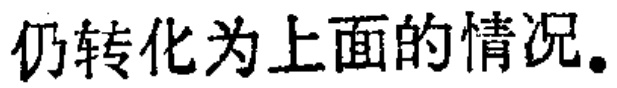
仍转化为上面的情况。